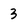
Character: 3